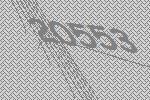
20553